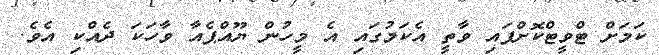
ކަމަށް ޓްވީޓްކޮށްފައި ވާތީ އެކަމުގައި އެ މީހުން ޔޫއްޕެއާ ވާހަކަ ދެއްކި އެވެ.